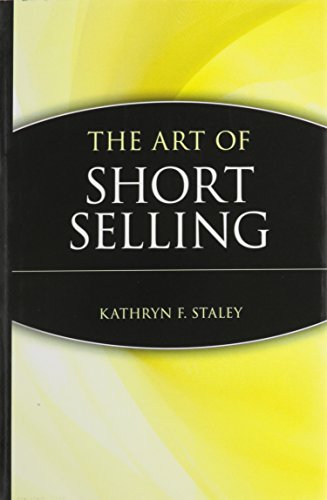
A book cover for The Art of Short Selling; Kathryn F. Staley; Business & Money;